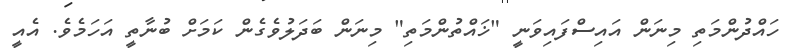
ހައްދުންމަތި މިނަން އައިސްފައިވަނީ "ޚައްތުންމަތި" މިނަން ބަދަލުވެގެން ކަމަށް ބުނާތީ އަހަމެވެ. އެއީ